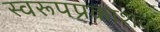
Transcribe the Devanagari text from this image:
स्वरूपप्रकाशक